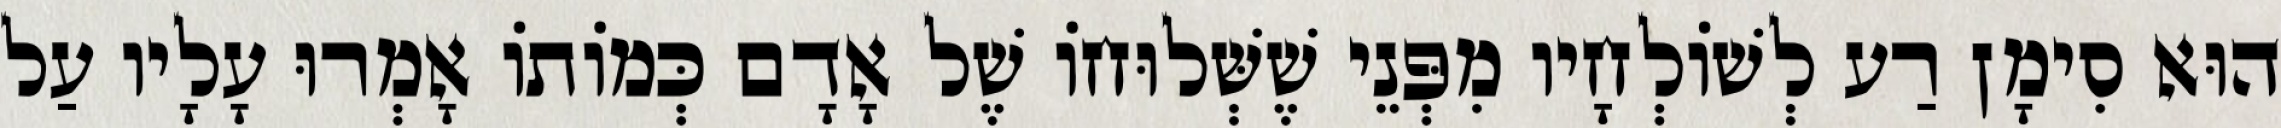
הוּא סִימָן רַע לְשׁוֹלְחָיו מִפְּנֵי שֶׁשְּׁלוּחוֹ שֶׁל אָדָם כְּמוֹתוֹ אָמְרוּ עָלָיו עַל